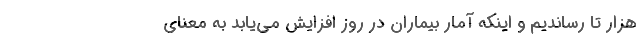
هزار تا رساندیم و اینکه آمار بیماران در روز افزایش می‌یابد به معنای